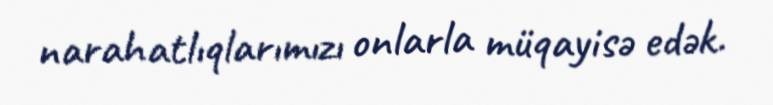
narahatlıqlarımızı onlarla müqayisə edək.